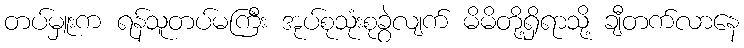
တပ်မှူးက ရန်သူတပ်မကြီး အုပ်စုသုံးစုခွဲလျက် မိမိတို့ရှိရာသို့ ချီတက်လာနေ